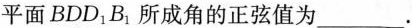
平面BDD _{ 1} B _{ 1} 。所成角的正弦值为___ .